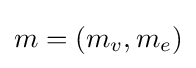
m=(m_{v},m_{e})